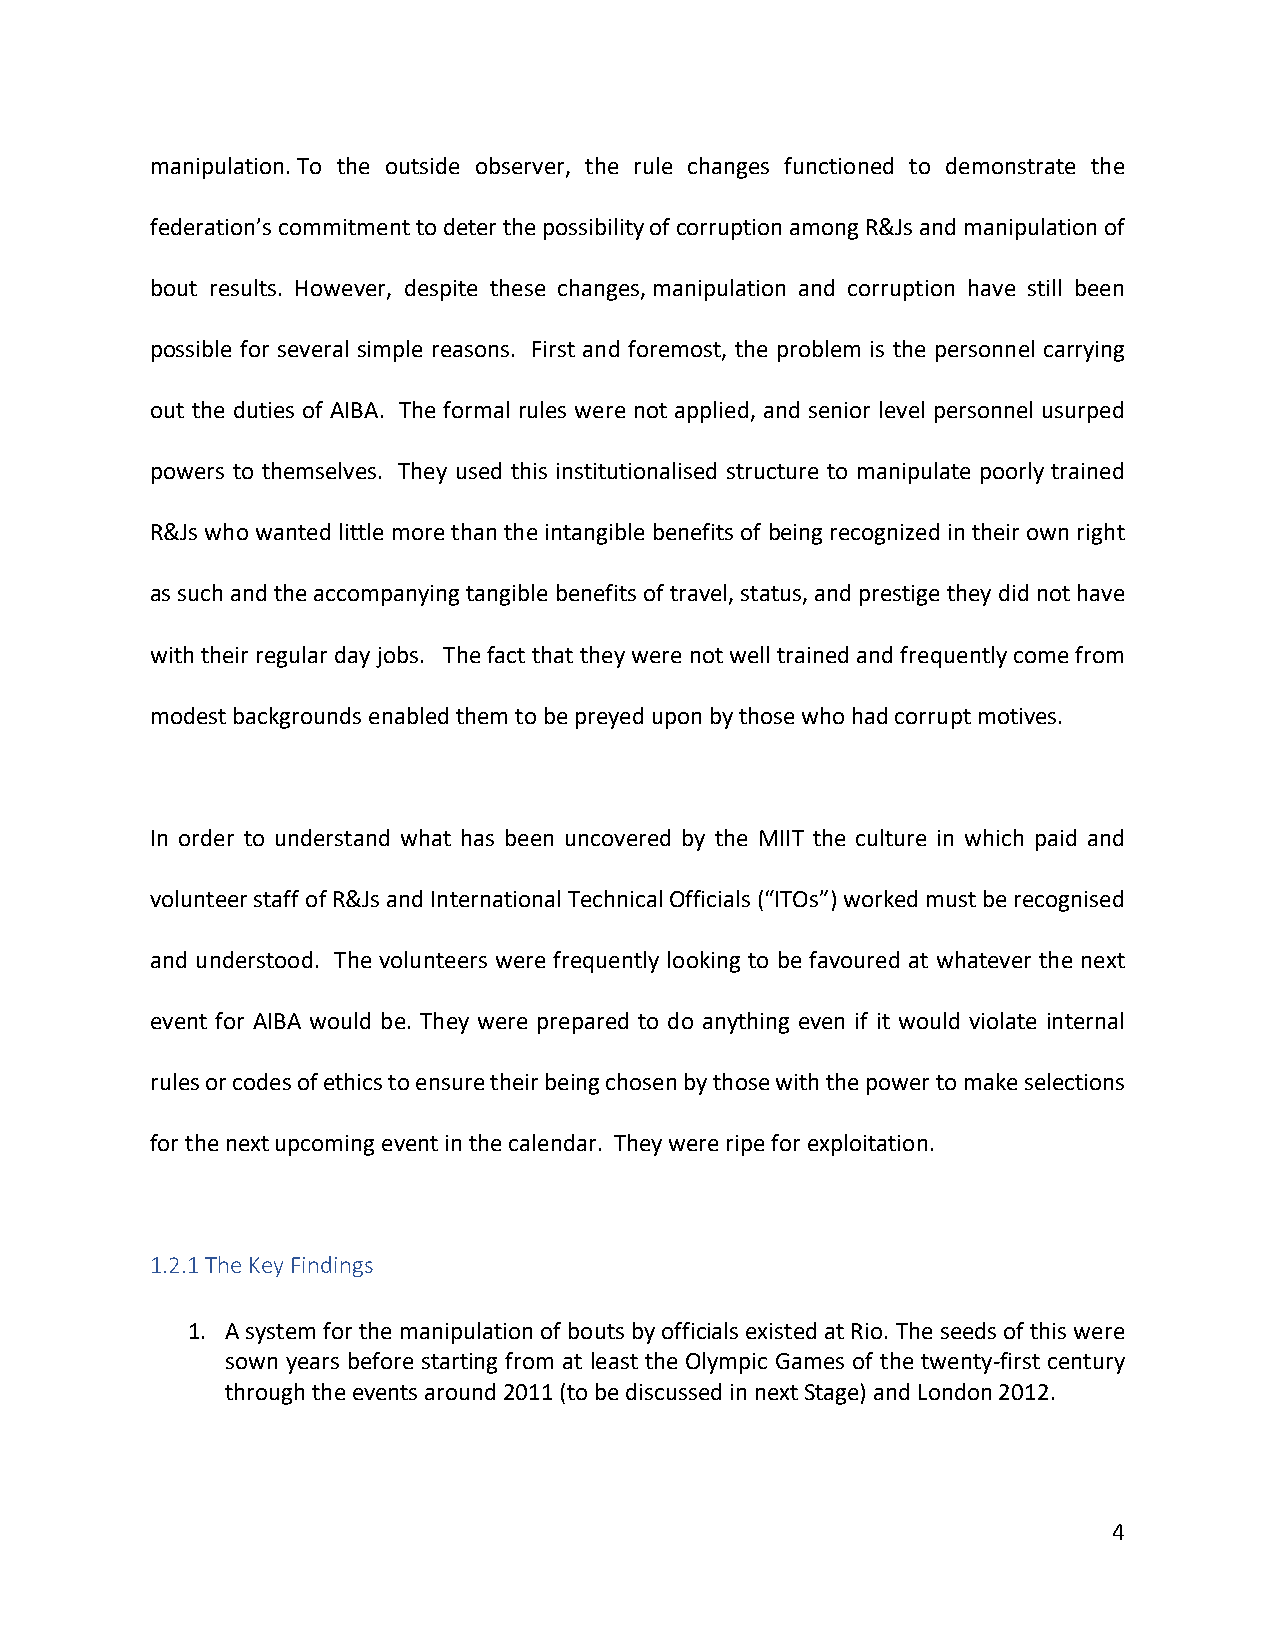
manipulation. To the outside observer, the rule changes functioned to demonstrate the
 federation’s commitment to deter the possibility of corruption among R&Js and manipulation of
 bout results. However, despite these changes, manipulation and corruption have still been
 possible for several simple reasons. First and foremost, the problem is the personnel carrying
 out the duties of AIBA. The formal rules were not applied, and senior level personnel usurped
 powers to themselves. They used this institutionalised structure to manipulate poorly trained
 R&Js who wanted little more than the intangible benefits of being recognized in their own right
 as such and the accompanying tangible benefits of travel, status, and prestige they did not have
 with their regular day jobs. The fact that they were not well trained and frequently come from
 modest backgrounds enabled them to be preyed upon by those who had corrupt motives.
 In order to understand what has been uncovered by the MIIT the culture in which paid and
 volunteer staff of R&Js and International Technical Officials (“ITOs”) worked must be recognised
 and understood. The volunteers were frequently looking to be favoured at whatever the next
 event for AIBA would be. They were prepared to do anything even if it would violate internal
 rules or codes of ethics to ensure their being chosen by those with the power to make selections
 for the next upcoming event in the calendar. They were ripe for exploitation.
 1.2.1 The Key Findings
 1. A system for the manipulation of bouts by officials existed at Rio. The seeds of this were
 sown years before starting from at least the Olympic Games of the twenty-first century
 through the events around 2011 (to be discussed in next Stage) and London 2012.
 4